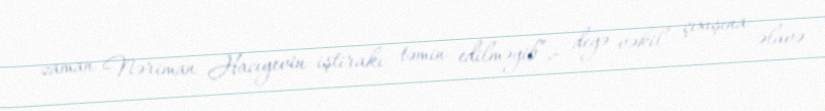
zaman Nəriman Hacıyevin iştirakı təmin edilməyib”,- deyə vəkil çıxışına əlavə